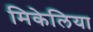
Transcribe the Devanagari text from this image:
मिकेलिया